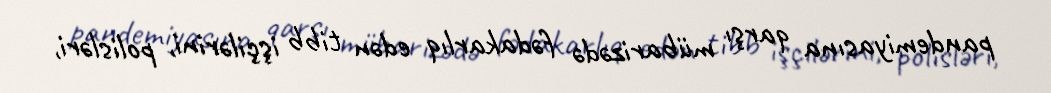
pandemiyasına qarşı mübarizədə fədakarlıq edən tibb işçilərini, polisləri,